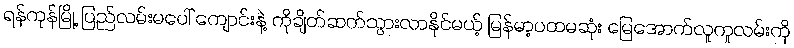
ရန်ကုန်မြို့ ပြည်လမ်းမပေါ် ကျောင်းနဲ့ ကိုချိတ်ဆက်သွားလာနိုင်မယ့် မြန်မာ့ပထမဆုံး မြေအောက်လူကူလမ်းကို